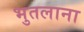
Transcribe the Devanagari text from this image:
भुतलाना